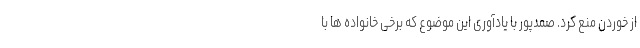
از خوردن منع کرد. صمدپور با یادآوری این موضوع که برخی خانواده ها با